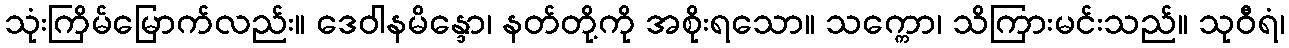
သုံးကြိမ်မြောက်လည်း။ ဒေဝါနမိန္ဒော၊ နတ်တို့ကို အစိုးရသော။ သက္ကော၊ သိကြားမင်းသည်။ သုဝီရံ၊